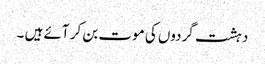
دہشت گردوں کی موت بن کر آئے ہیں ۔